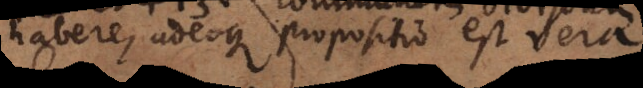
habere, adeoque propositio est vera